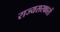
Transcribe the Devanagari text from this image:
राज्यसरकारों